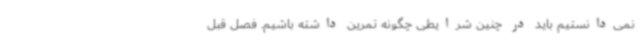
نمی‌دانستیم باید در چنین شرایطی چگونه تمرین داشته باشیم. فصل قبل